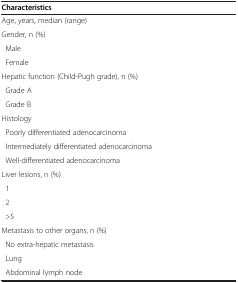
<table><thead><tr><td><b>Characteristics</b></td><td>[EMPTY_CELL]</td></tr></thead><tbody><tr><td>Age, years, median (range)</td><td>[EMPTY_CELL]</td></tr><tr><td colspan="2">Gender, n (%)</td></tr><tr><td> Male</td><td>[EMPTY_CELL]</td></tr><tr><td> Female</td><td>[EMPTY_CELL]</td></tr><tr><td colspan="2">Hepatic function (Child-Pugh grade), n (%)</td></tr><tr><td> Grade A</td><td>[EMPTY_CELL]</td></tr><tr><td> Grade B</td><td>[EMPTY_CELL]</td></tr><tr><td colspan="2">Histology</td></tr><tr><td> Poorly differentiated adenocarcinoma</td><td>[EMPTY_CELL]</td></tr><tr><td> Intermediately differentiated adenocarcinoma</td><td>[EMPTY_CELL]</td></tr><tr><td> Well-differentiated adenocarcinoma</td><td>[EMPTY_CELL]</td></tr><tr><td colspan="2">Liver lesions, n (%)</td></tr><tr><td> 1</td><td>[EMPTY_CELL]</td></tr><tr><td> 2</td><td>[EMPTY_CELL]</td></tr><tr><td> &gt;5</td><td>[EMPTY_CELL]</td></tr><tr><td colspan="2">Metastasis to other organs, n (%)</td></tr><tr><td> No extra-hepatic metastasis</td><td>[EMPTY_CELL]</td></tr><tr><td> Lung</td><td>[EMPTY_CELL]</td></tr><tr><td> Abdominal lymph node</td><td>[EMPTY_CELL]</td></tr></tbody></table>